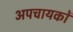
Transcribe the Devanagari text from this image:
अपचायकों